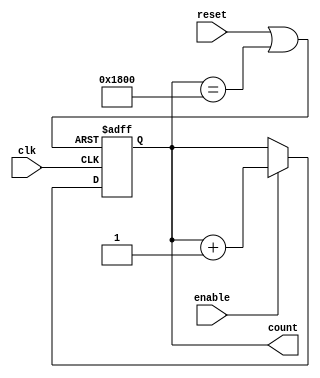
module counter (enable, clk, reset, count);
	input enable;
	input clk, reset;
	
	output reg [12:0] count;
	
	wire [12:0] target = 13'd6144;
	wire target_reached, reset_or_restart;
	
	assign target_reached = (count == target);
	
	or (reset_or_restart, reset, target_reached);
	
	always @(posedge clk or posedge reset_or_restart) begin
		if (reset_or_restart)
			count <= 13'b0;
		else if (enable)
			count <= count + 13'b1;
	end
endmodule